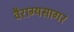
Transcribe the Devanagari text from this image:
वैराग्यसागर